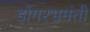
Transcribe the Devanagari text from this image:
डोंगरभ्रमंती